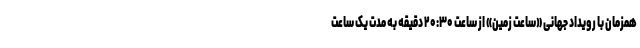
همزمان با رویداد جهانی «ساعت زمین» از ساعت ۲۰:۳۰ دقیقه به مدت یک ساعت